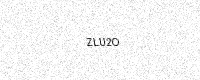
Text: ZLU2O